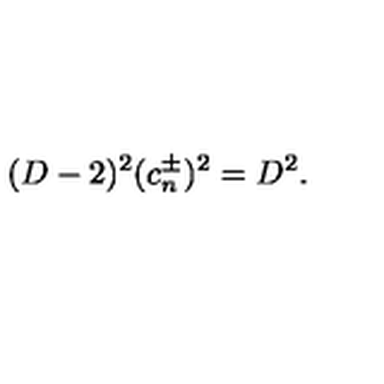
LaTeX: ( D - 2 ) ^ { 2 } ( c _ { n } ^ { \pm } ) ^ { 2 } = D ^ { 2 } .